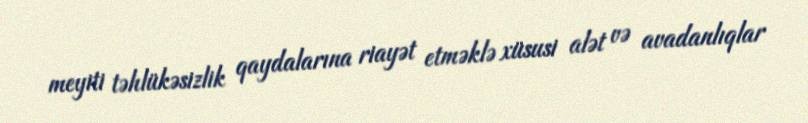
meyiti təhlükəsizlik qaydalarına riayət etməklə xüsusi alət və avadanlıqlar